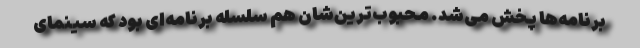
برنامه‌ها پخش می‌شد. محبوب‌ترین‌شان هم سلسله برنامه‌ای بود که سینمای